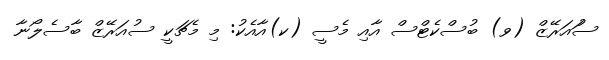
ސުައަރޭޒް (ވ) ބުސްކެޓްސް އާއި މެސީ (ކ)އާއެކު: މި މެޗަކީ ސުއަރޭޒް ބާސެލޯނާ